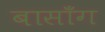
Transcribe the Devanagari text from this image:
बासाँग